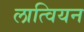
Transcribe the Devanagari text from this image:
लात्वियन